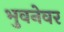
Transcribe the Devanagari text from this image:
भुवनेवर